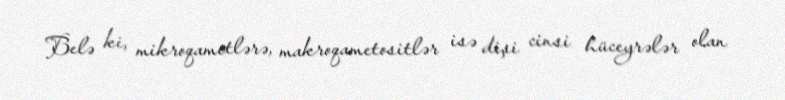
Belə ki, mikroqametlərə, makroqametositlər isə dişi cinsi hüceyrələr olan